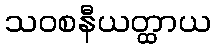
သဝစနီယတ္ထာယ